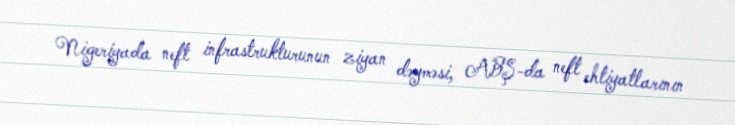
Nigeriyada neft infrastrukturunun ziyan dəyməsi, ABŞ-da neft ehtiyatlarının